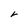
Character: r